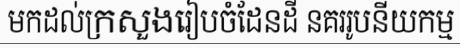
មកដល់ក្រសួងរៀបចំដែនដី នគររូបនីយកម្ម